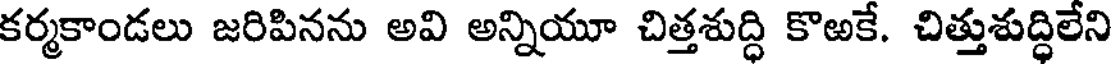
కర్మకాండలు జరిపినను అవి అన్నియూ చిత్తశుద్ధి కొఱకే. చిత్తుశుద్ధిలేని